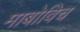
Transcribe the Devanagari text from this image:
माबोविच